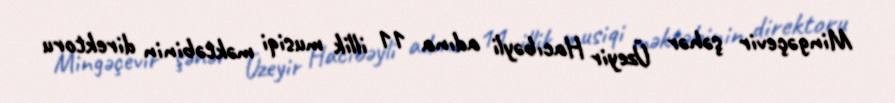
Mingəçevir şəhər Üzeyir Hacıbəyli adına 11 illik musiqi məktəbinin direktoru